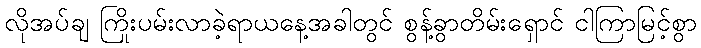
လိုအပ်ချ ကြိုးပမ်းလာခဲ့ရာယနေ့အခါတွင် စွန့်ခွာတိမ်းရှောင် ငါကြာမြင့်စွာ